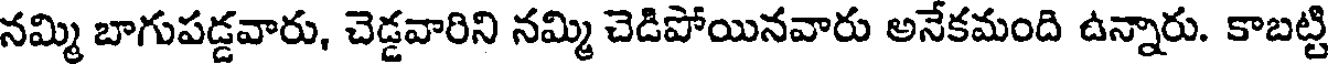
నమ్మి బాగుపడ్డవారు, చెడ్డవారిని నమ్మి చెడిపోయినవారు అనేకమంది ఉన్నారు. కాబట్టి